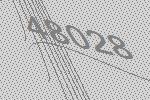
48028